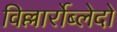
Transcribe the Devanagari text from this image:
विल्लार्रोब्लेदो